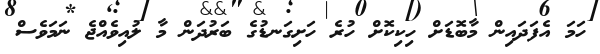
ހަމަ އެފަދައިން މާބޮޑަށް ހިކިކޮށް ހުރެ ހަށިގަނޑުގެ ބަރުދަން މާ ލުއިވެއްޖެ ނަމަވެސް